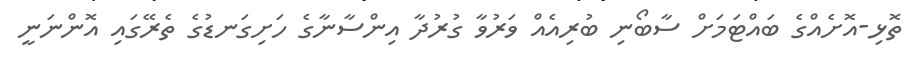
ތޮޅި-އޮށެއްގެ ބައްޓަމަށް ސާބޯނި ބުރިއެއް ވަރުވާ ގުރުދާ އިންސާނާގެ ހަށިގަނޑުގެ ތެރޭގައި އޮންނަނީ